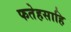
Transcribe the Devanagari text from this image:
फतेहसाहि